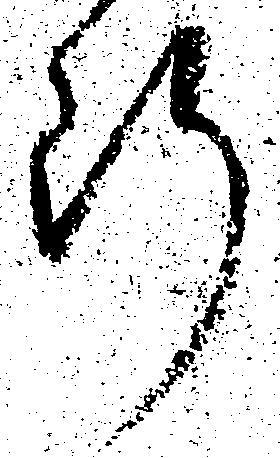
断